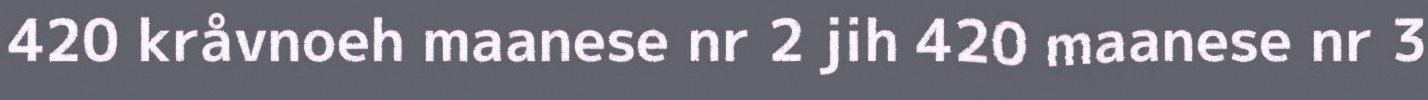
420 kråvnoeh maanese nr 2 jih 420 maanese nr 3